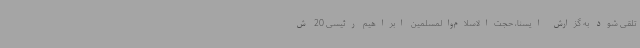
تلقی شود به گزارش ایسنا، حجت‌الاسلام‌والمسلمین ابراهیم رئیسی 20 ش